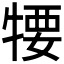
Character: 𤚘